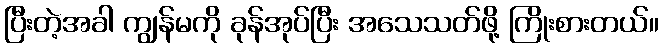
ပြီးတဲ့အခါ ကျွန်မကို ခုန်အုပ်ပြီး အသေသတ်ဖို့ ကြိုးစားတယ်။